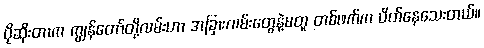
ပိုဆိုးတာက ကျွန်တော်တို့လမ်းဟာ အခြားလမ်းတွေနဲ့မတူ တစ်ဖက်က ပိတ်နေသေးတယ်။